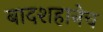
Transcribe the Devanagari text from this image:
बादशहानेच